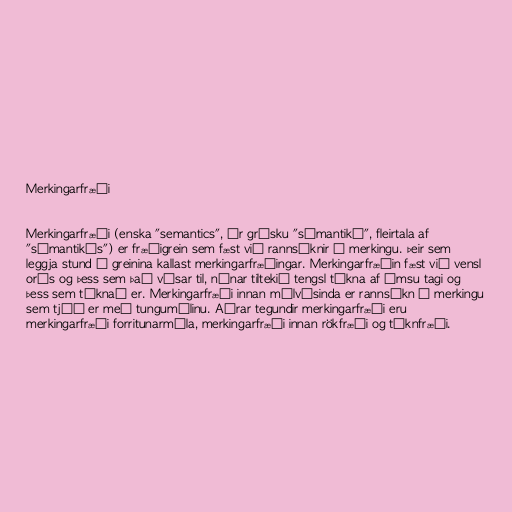
Merkingarfræði

Merkingarfræði (enska "semantics", úr grísku "sēmantiká", fleirtala af
"sēmantikós") er fræðigrein sem fæst við rannsóknir á merkingu. Þeir sem
leggja stund á greinina kallast merkingarfræðingar. Merkingarfræðin fæst við vensl
orðs og þess sem það vísar til, nánar tiltekið tengsl tákna af ýmsu tagi og
þess sem táknað er. Merkingarfræði innan málvísinda er rannsókn á merkingu
sem tjáð er með tungumálinu. Aðrar tegundir merkingarfræði eru
merkingarfræði forritunarmála, merkingarfræði innan rökfræði og táknfræði.